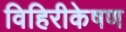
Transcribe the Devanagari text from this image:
विहिरीकेषण